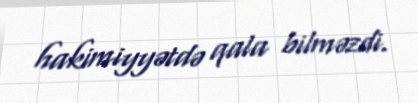
hakimiyyətdə qala bilməzdi.